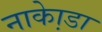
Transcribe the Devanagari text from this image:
नाका़ेडा